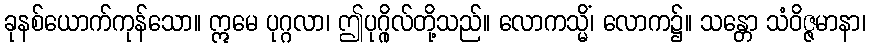
ခုနစ်ယောက်ကုန်သော။ ဣမေ ပုဂ္ဂလာ၊ ဤပုဂ္ဂိုလ်တို့သည်။ လောကသ္မိံ၊ လောက၌။ သန္တော သံဝိဇ္ဇမာနာ၊